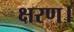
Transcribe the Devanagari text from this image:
क्षरण।